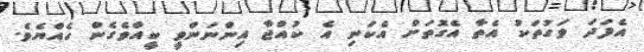
އެފަދަ ވަގުތަކު އެތާ އެގޮތަށް އެކަނި އެ ކުއްޖާ އިންނަންވީ ކީއްވެގެން ހެއްޔެވެ.